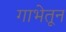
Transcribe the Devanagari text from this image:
गाभेतून